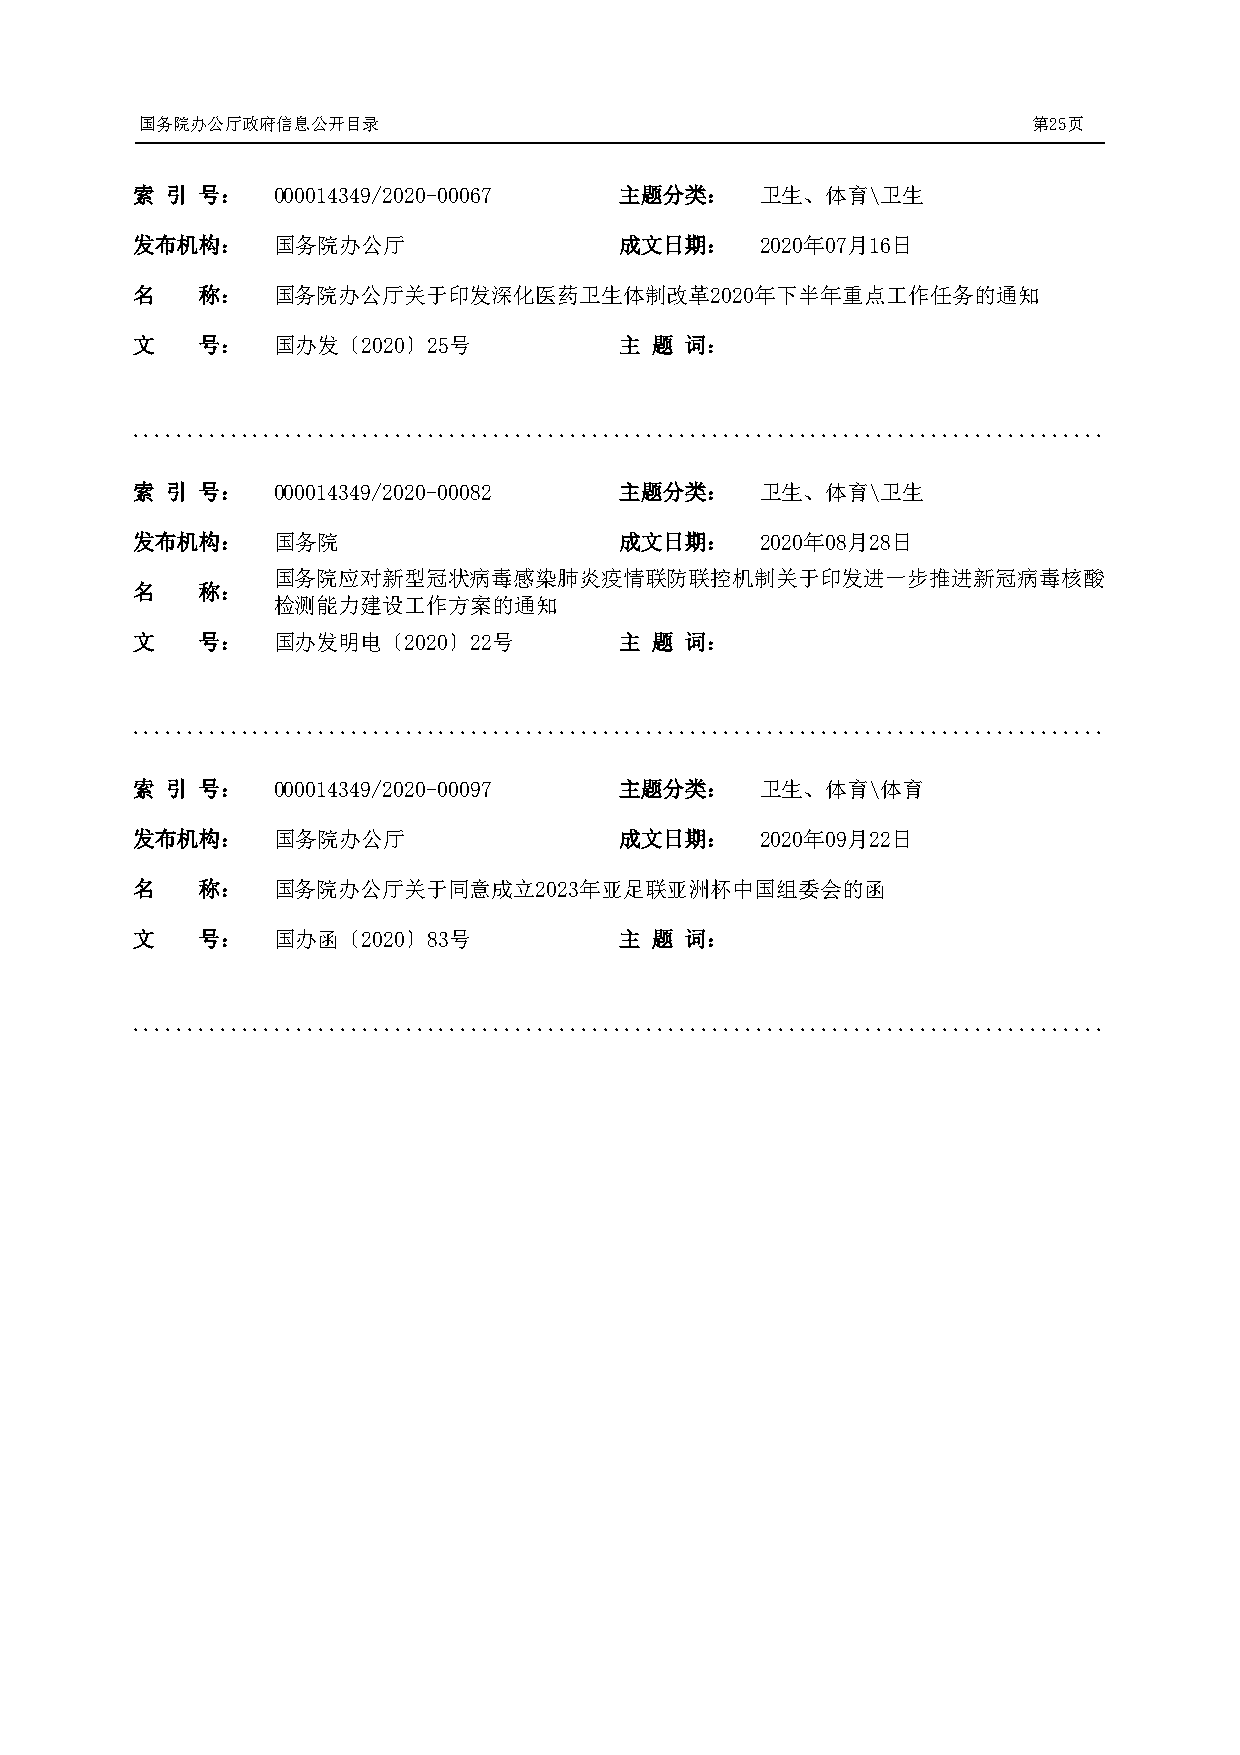
国务院办公厅政府信息公开目录                                             第25页
 索 引 号：   000014349/2020-00067   主题分类：    卫生、体育\卫生
 发布机构：    国务院办公厅                 成文日期：    2020年07月16日
 名   称：   国务院办公厅关于印发深化医药卫生体制改革2020年下半年重点工作任务的通知
 文   号：   国办发〔2020〕25号           主 题 词：
 .........................................................................................
 索 引 号：   000014349/2020-00082   主题分类：    卫生、体育\卫生
 发布机构：    国务院                    成文日期：    2020年08月28日
 国务院应对新型冠状病毒感染肺炎疫情联防联控机制关于印发进一步推进新冠病毒核酸
 名   称：
 检测能力建设工作方案的通知
 文   号：   国办发明电〔2020〕22号         主 题 词：
 .........................................................................................
 索 引 号：   000014349/2020-00097   主题分类：    卫生、体育\体育
 发布机构：    国务院办公厅                 成文日期：    2020年09月22日
 名   称：   国务院办公厅关于同意成立2023年亚足联亚洲杯中国组委会的函
 文   号：   国办函〔2020〕83号           主 题 词：
 .........................................................................................